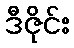
ဒီဇိုင်း